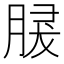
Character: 𦜺